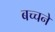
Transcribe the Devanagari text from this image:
बच्चने